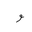
Letter: _waw